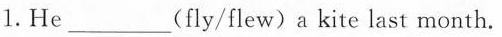
1.He___(fly/flew)a kite last month.